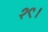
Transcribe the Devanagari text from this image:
१९।